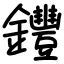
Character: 𨰘